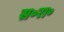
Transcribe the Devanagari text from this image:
स॰रा॰